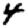
Digit: 4